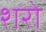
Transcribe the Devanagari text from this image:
शरो